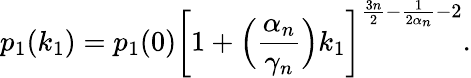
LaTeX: p_{1}(k_{1})=p_{1}(0)\left[1+\Big(\frac{\alpha_{n}}{\gamma_{n}}\Big)k_{1}\right]^{\frac{3n}{2}-\frac{1}{2\alpha_{n}}-2}.